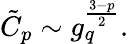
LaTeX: \tilde{C}_{p}\sim g_{q}^{\frac{3-p}{2}}.